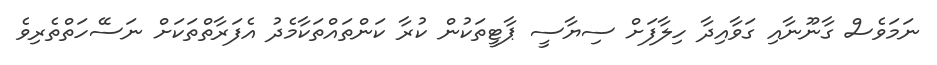
ނަމަވެސް ގާނޫނާއި ގަވާއިދާ ހިލާފަށް ސިޔާސީ ޕާޓީތަކުން ކުރާ ކަންތައްތަކާމެދު އެފަރާތްތަކަށް ނަސޭހަތްތެރިވެ